Report of the Indian Hemp Drugs Commission, 1894-1895 - Volume VIII
Year: 1894
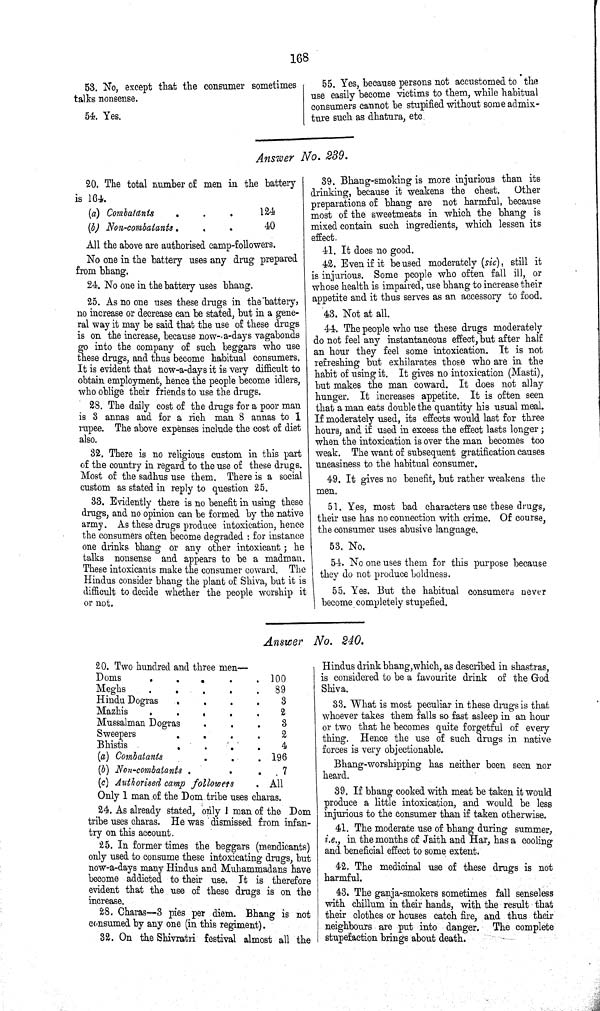
168
53. No, except that the consumer sometimes
talks nonsense.
54. Yes.
55. Yes, because persons not accustomed to the
use easily become victims to them, while habitual
consumers cannot be stupified without some admix¬
ture such as dhatura, etc.
Answer No. 239.
20. The total number of men in the battery
is 164.
(a) Combatants
124
(b) Non-combatants
40
All the above are authorised camp-followers.
No one in the battery uses any drug prepared
from bhang.
24. No one in the battery uses bhang.
25. As no one uses these drugs in the battery,
no increase or decrease can be stated, but in a gene¬
ral way it may be said that the use of these drugs
is on the increase, because now-a-days vagabonds
go into the company of such beggars who use
these drugs, and thus become habitual consumers.
It is evident that now-a-days it is very difficult to
obtain employment, hence the people become idlers,
who oblige their friends to use the drugs.
28. The daily cost of the drugs for a poor man
is 3 annas and for a rich man 8 annas to 1
rupee. The above expenses include the cost of diet
also.
32. There is no religious custom in this part
of the country in regard to the use of these drugs.
Most of the sadhus use them. There is a social
custom as stated in reply to question 25.
33. Evidently there is no benefit in using these
drugs, and no opinion can be formed by the native
army. As these drugs produce intoxication, hence
the consumers often become degraded: for instance
one drinks bhang or any other intoxicant; he
talks nonsense and appears to be a madman.
These intoxicants make the consumer coward. The
Hindus consider bhang the plant of Shiva, but it is
difficult to decide whether the people worship it
or not.
39. Bhang-smoking is more injurious than its
drinking, because it weakens the chest.
Other
preparations of bhang are not harmful, because
most of the sweetmeats in which the bhang is
mixed contain such ingredients, which lessen its
effect.
41. It does no good.
42. Even if it be used moderately (sic), still it
is injurious. Some people who often fall ill, or
whose health is impaired, use bhang to increase their
appetite and it thus serves as an accessory to food.
43. Not at all.
44. The people who use these drugs moderately
do not feel any instantaneous effect, but after half
an hour they feel some intoxication. It is not
refreshing but exhilarates those who are in the
habit of using it. It gives no intoxication (Masti),
but makes the man coward. It does not allay
hunger. It increases appetite. It is often seen
that a man eats double the quantity his usual meal.
If moderately used, its effects would last for three
hours, and if used in excess the effect lasts longer;
when the intoxication is over the man becomes too
weak. The want of subsequent gratification causes
uneasiness to the habitual consumer.
49. It gives no benefit, but rather weakens the
men.
51. Yes, most bad characters use these drugs,
their use has no connection with crime. Of course,
the consumer uses abusive language.
53. No.
54. No one uses them for this purpose because
they do not produce boldness.
55. Yes. But the habitual consumers never
become completely stupefied.
Answer No. 240.
20. Two hundred and three men—
Doms
100
Meghs
89
Hindu Dogras
3
Mazhis
2
Mussalman Dogras
3
Sweepers
2
Bhistis
4
(a) Combatants
196
(b) Non-combatants
7
(c) Authorised camp followers
All
Only 1 man of the Dom tribe uses charas.
24. As already stated, only 1 man of the Dom
tribe uses charas. He was dismissed from infan¬
try on this account.
25. In former times the beggars (mendicants)
only used to consume these intoxicating drugs, but
now-a-days many Hindus and Muhammadans have
become addicted to their use. It is therefore
evident that the use of these drugs is on the
increase.
28. Charas—3 pies per diem. Bhang is not
consumed by any one (in this regiment).
32. On the Shivratri festival almost all the
Hindus drink bhang, which, as described in shastras,
is considered to be a favourite drink of the God
Shiva.
33. What is most peculiar in these drugs is that
whoever takes them falls so fast asleep in an hour
or two that he becomes quite forgetful of every
thing. Hence the use of such drugs in native
forces is very objectionable.
Bhang-worshipping has neither been seen nor
heard.
39. If bhang cooked with meat be taken it would
produce a little intoxication, and would be less
injurious to the consumer than if taken otherwise.
41. The moderate use of bhang during summer,
i.e., in the months of Jaith and Har, has a cooling
and beneficial effect to some extent.
42. The medicinal use of these drugs is not
harmful.
43. The ganja-smokers sometimes fall senseless
with chillum in their hands, with the result that
their clothes or houses catch fire, and thus their
neighbours are put into danger. The complete
stupefaction brings about death.